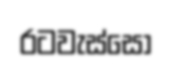
රටවැස්සෝ